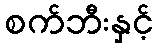
စက်ဘီးနှင့်